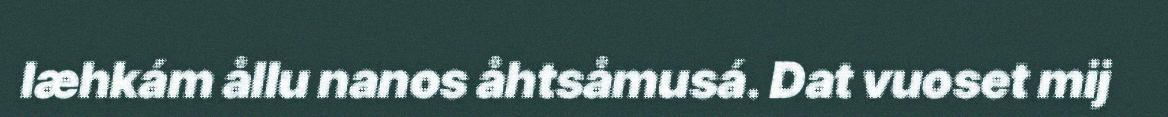
læhkám ållu nanos åhtsåmusá. Dat vuoset mij